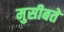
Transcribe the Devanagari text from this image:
मुसीबते